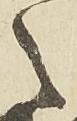
々